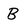
Character: B